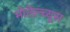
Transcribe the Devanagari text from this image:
मोतेल्च्यूस